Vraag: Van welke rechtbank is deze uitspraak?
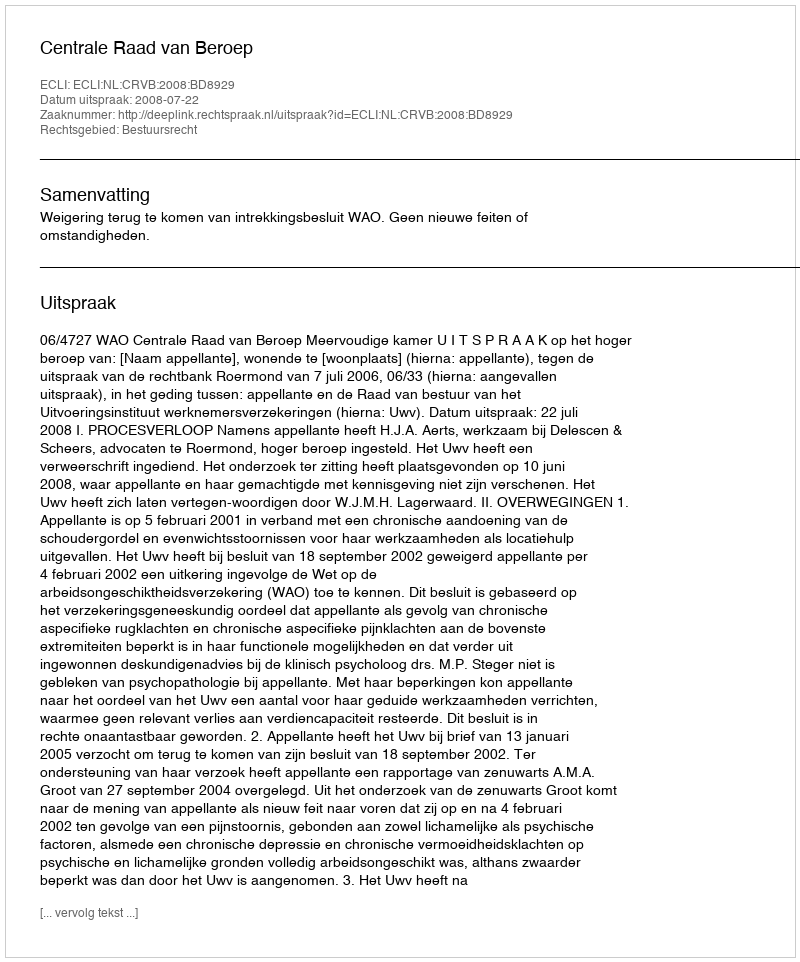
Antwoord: Centrale Raad van Beroep